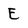
Character: E